Scottish Leaving Certificate Examination, 1954
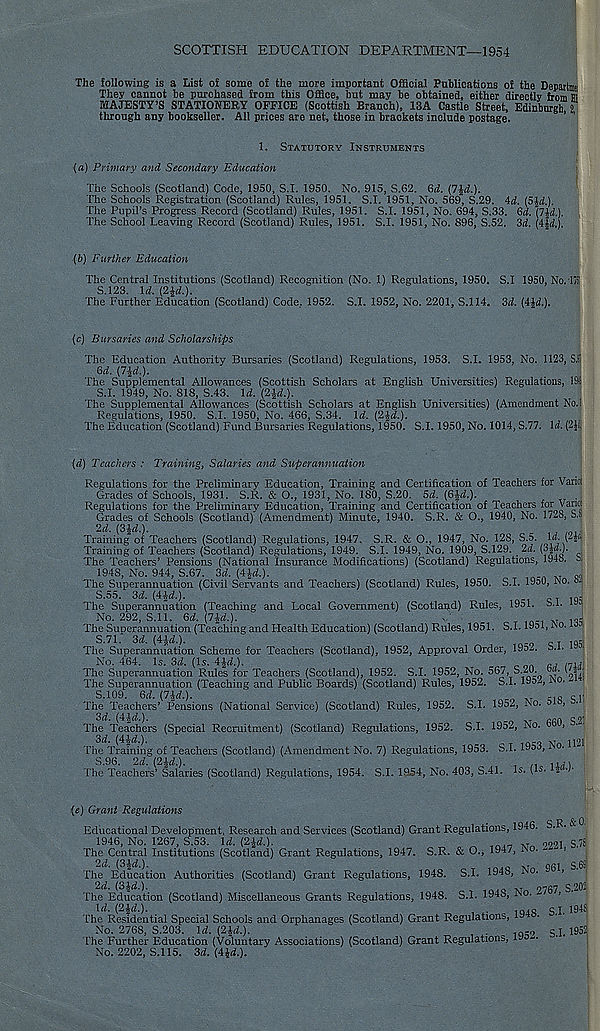
SCOTTISH EDUCATION DEPARTMENT—1954
The following is a List of some of the more important Official Publications of the Departm?
They cannot be purchased from this Office, but may be obtained, either directly from m
MAJESTY’S STATIONERY OFFICE (Scottish Branch), 13A Castle Street, Edinburgh 2
through any bookseller. All prices are net, those in brackets include postage.
1,
STATUTORY INSTRUMENTS
(a)
Primary and Secondary Education
The Schools (Scotland) Code, 1950, S.I. 1950. No. 915, S.62. 6d. (7^.).
The Schools Registration (Scotland) Rules, 1951, S.I. 1951, No. 569, S.29. Ad. (5M).
The Pupil’s Progress Record (Scotland) Rules, 1951. S.I. 1951, No. 694, S.33. Qd. (lid.).
The School Leaving Record (Scotland) Rules, 1951. S.I. 1951, No. 896, S.52. 3^. {Aid.).
(b)
Further Education
The Central Institutions (Scotland) Recognition (No. 1) Regulations, 1950. S.I 1950, No.'1751
S.123. \d. {2ld.).
The Further Education (Scotland) Code, 1952. S.I. 1952, No. 2201, S.I 14. 3d. [Aid.).
(c)
Bursaries and Scholarships
The Education Authority Bursaries (Scotland) Regulations, 1953. S.I. 1953, No. 1123, S.Si
Qd. (7^d.).
The Supplemental Allowances (Scottish Scholars at English Universities) Regulations, 19ii
S.I. 1949, No. 818, S.43. Id. (2£d.).
The Supplemental Allowances (Scottish Scholars at English Universities) (Amendment No.!
Regulations, 1950. S.I. 1950, No. 466, S.34. Id. (2£d.).
The Education (Scotland) Fund Bursaries Regulations, 1950. S.I. 1950, No. 1014, S.77. Id. (2£ij
{d) Teachers : Training, Salaries and Superannuation
Regulations for the Preliminary Education, Training and Certification of Teachers for Variffi
Grades of Schools, 1931. S.R. & O., 1931, No. 180, S.20. 5d. (6£d.).
.
Regulations for the Preliminary Education, Training and Certification of Teachers for Vario:
Grades of Schools (Scotland) (Amendment) Minute, 1940. S.R. & O., 1940, No. 1728, S.S
2d. [Sid.).
^ /01 .
Training of Teachers (Scotland) Regulations, 1947. S.R. & O., 1947, No. 128, S.5. Id. yp
Training of Teachers (Scotland) Regulations, 1949. S.I. 1949, No. 1909, S.129. 2d. (3$d.).
The Teachers’ Pensions (National Insurance Modifications) (Scotland) Regulations, 1948. 8.
1948, No. 944, S.67. 3d. [Aid.).
„ rA XT Q(1
The Superannuation (Civil Servants and Teachers) (Scotland) Rules, 1950. S.I. 19o0, No.
S.55. 3d. [Aid.).
CT 1Q -
The Superannuation (Teaching and Local Government) (Scotland) Rules, 1951. b.i.
No. 292, S.ll. Qd. [lid.).
T
M IQ;
The Superannuation (Teaching and Health Education) (Scotland) Rules, 1951. S.1.19ol, No.
S.7L 3d. [Aid.).
CT .nr.
The Superannuation Scheme for Teachers (Scotland), 1952, Approval Order, 195— o.i.
No. 464. Is. 3d. (Is. AM.).
„
r . nU ,
The Superannuation Rules for Teachers (Scotland), 1952. S.I. 1952, No. 567, S.20. «».( #*•
The Superannuation (Teaching and Public Boards) (Scotland) Rules, 1952. S.I. 1952, No.
S.109. Qd. [7M.).
, -. Q ci'
The Teachers’ Pensions (National Service) (Scotland) Rules, 1952. S.I. 1952, No. o ,
3d. (Aid.).
T
opr. c 9'
The Teachers (Special Recruitment) (Scotland) Regulations, 1952. S.I. 19o., hio. o ,
3d. [Aid.).
_
_
1191
The Training of Teachers (Scotland) (Amendment No. 7) Regulations, 1953. S.I. 19o^, •
S.96. 2d.[2ld.).
, n
The Teachers’ Salaries (Scotland) Regulations, 1954. S.I. 1954, No. 403, S.41. Is. (is. £
(e) Grant Regulations
Educational Development, Research and Services (Scotland) Grant Regulations, 1946. S.R. '
1946, No. 1267, S.53. Id. (2-£d.).
onot s.78
The Central Institutions (Scotland) Grant Regulations, 1947. S.R. & O., 1947, NO. - - J
The Education Authorities (Scotland) Grant Regulations, 1948. S.I. 1948, No. ^61,
The Education (Scotland) Miscellaneous Grants Regulations, 1948. S.I. 1948, No. -767,
\d.
iQIQ
Si. 191^
The Residential Special Schools and Orphanages (Scotland) Grant Regulations, is •
No. 2768, S.203. Id.
, 1Q - 9 s I.
The Further Education (Voluntary Associations) (Scotland) Grant Regulations, is •
No. 2202, S.I 15. 3d.(4id.).